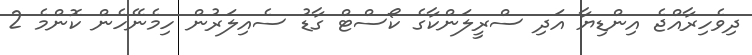
ދިވެހިރާއްޖެ އިންޑިޔާ އަދި ސްރީލަންކާގެ ކޯސްޓް ގާޑު ސެއިލަރުން ހިމެނޭހެން ކޮންމެ 2